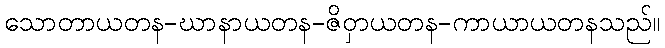
သောတာယတန-ဃာနာယတန-ဇိဝှာယတန-ကာယာယတနသည်။